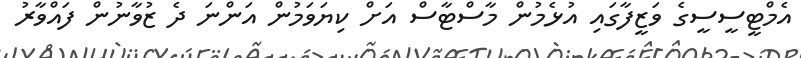
އެމްޓީސީސީގެ ވަޒީފާގައި އުޅެމުން މާސްޓާސް އަށް ކިޔަވަމުން އަންނަ ދެ ޒުވާނުން ފައްވާރު